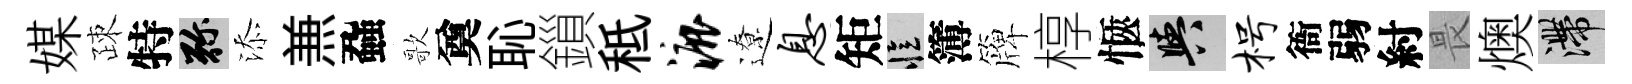
媒疎特弥添𠔥蝨歌奠恥鎻秪漉遼息矩忆簿簰椁愜阳枵衙弱紂畏燠滯